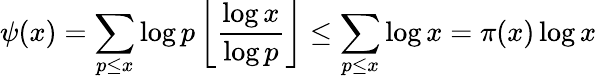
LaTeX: \psi(x)=\sum_{p\leq x}\log p\left\lfloor{\frac{\log x}{\log p}}\right\rfloor\leq\sum_{p\leq x}\log x=\pi(x)\log x